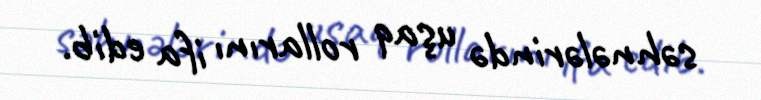
səhnələrində uşaq rollarını ifa edib.